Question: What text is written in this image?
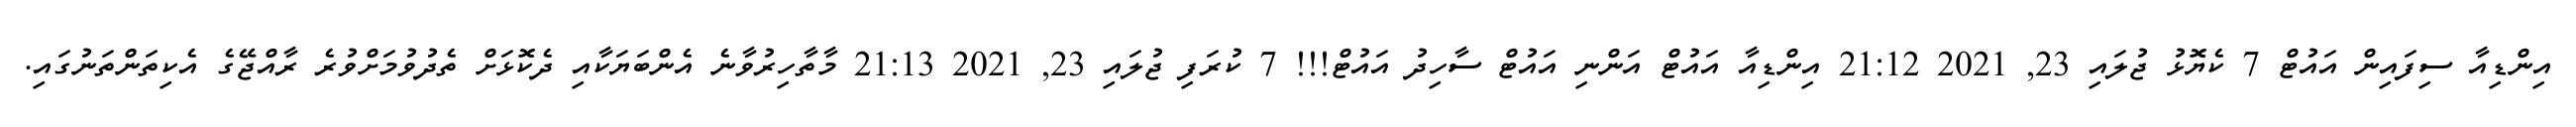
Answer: އިންޑިއާ ސިފައިން އައުޓް 7 ކެޔޮޅު ޖުލައި 23, 2021 21:12 އިންޑިއާ އައުޓް އަންނި އައުޓް ސާހިދު އައުޓް!!! 7 ކުރަފި ޖުލައި 23, 2021 21:13 މާތާހިރުވާނެ އެންބަޔަކާއި ދެކޮޅަށް ތެދުވުމަށްވުރެ ރާއްޖޭގެ އެކިތަންތަނުގައި.